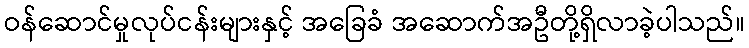
ဝန်ဆောင်မှုလုပ်ငန်းများနှင့် အခြေခံ အဆောက်အဦတို့ရှိလာခဲ့ပါသည်။